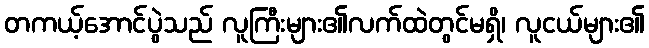
တကယ့်အောင်ပွဲသည် လူကြီးများ၏လက်ထဲတွင်မရှိ၊ လူငယ်များ၏